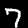
Digit: 7